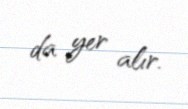
da yer alır.